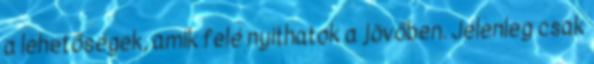
a lehetőségek, amik felé nyithatok a jövőben. Jelenleg csak